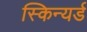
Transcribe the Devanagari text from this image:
स्किन्यर्ड